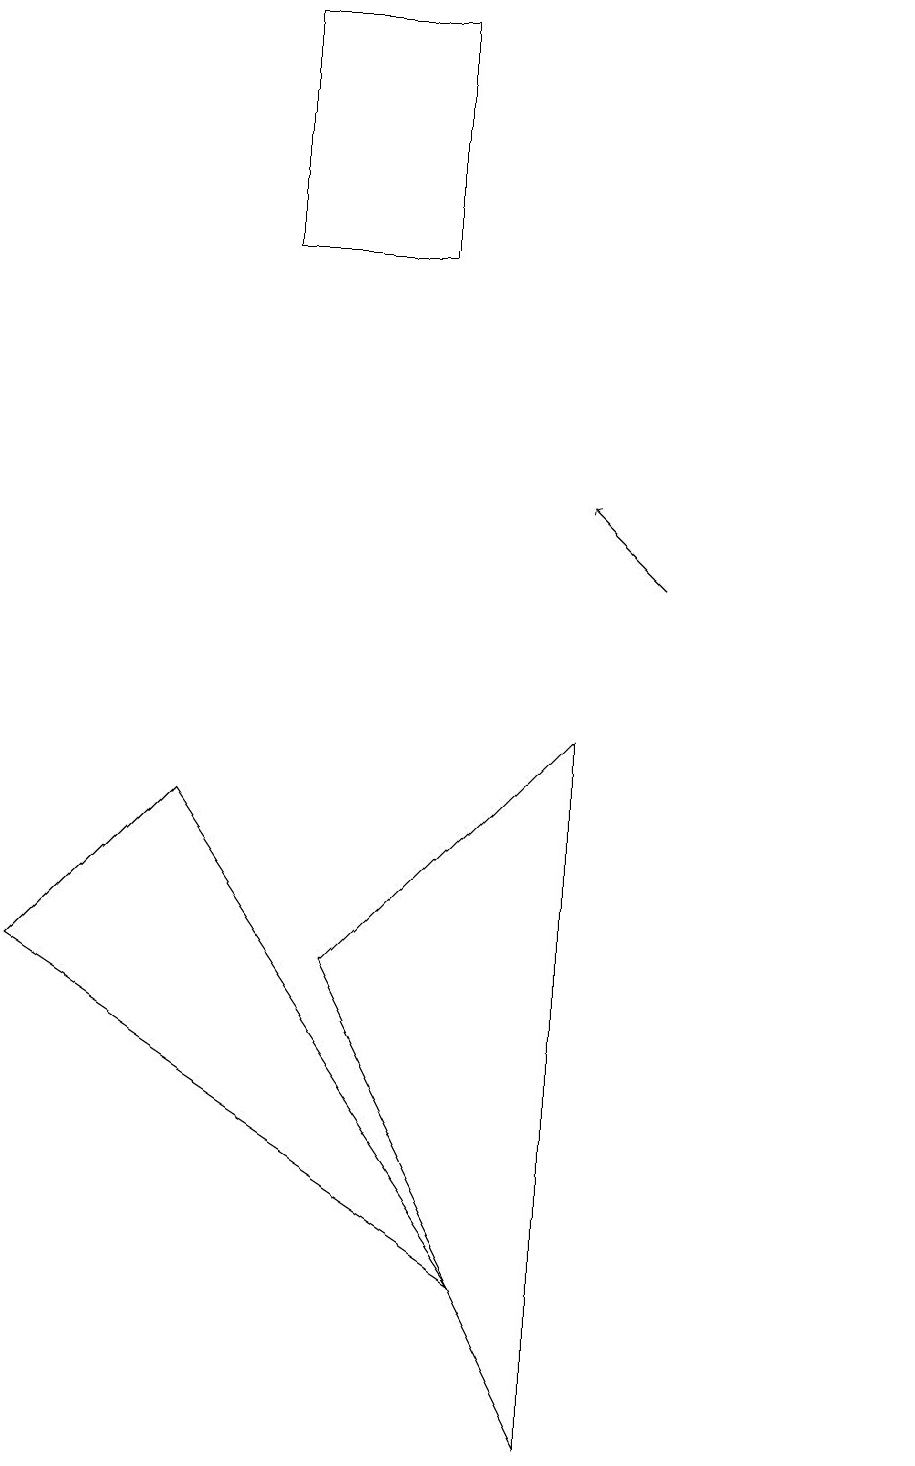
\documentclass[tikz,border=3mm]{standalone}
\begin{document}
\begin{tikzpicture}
\draw (3,8) -- (1,6) -- (7,2) -- cycle;
\draw (6,15) rectangle (4,18);
\draw (11,10) circle (0);
\draw[->] (9,11) -- (8,12);
\draw (5,6) -- (8,0) -- (8,9) -- cycle;
\draw (12,11) circle (0);
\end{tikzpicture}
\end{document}